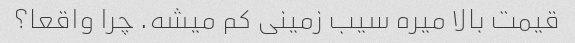
قیمت بالا میره سیب زمینی کم میشه. چرا واقعا؟